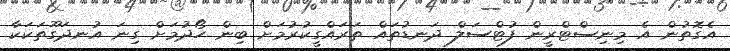
އެގޮތުން އެ މިނިސްޓްރީން ފުޓްސަލް ދަނޑުތައް ތަރައްގީކުރުމަށް ބިން ހޯދުމަށް ގިނަ އުނދަގޫތަކަކާ